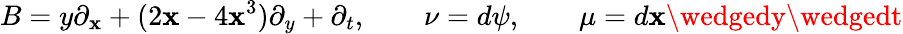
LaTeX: B=y\partial_{\mathbf{x}}+(2\mathbf{x}-4\mathbf{x}^{3})\partial_{y}+\partial_{t},\qquad\nu=d\psi,\qquad\mu=d\mathbf{x}\wedgedy\wedgedt